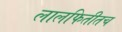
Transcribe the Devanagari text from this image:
लालफितीतच